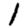
Digit: 1